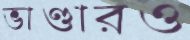
ভাণ্ডারও